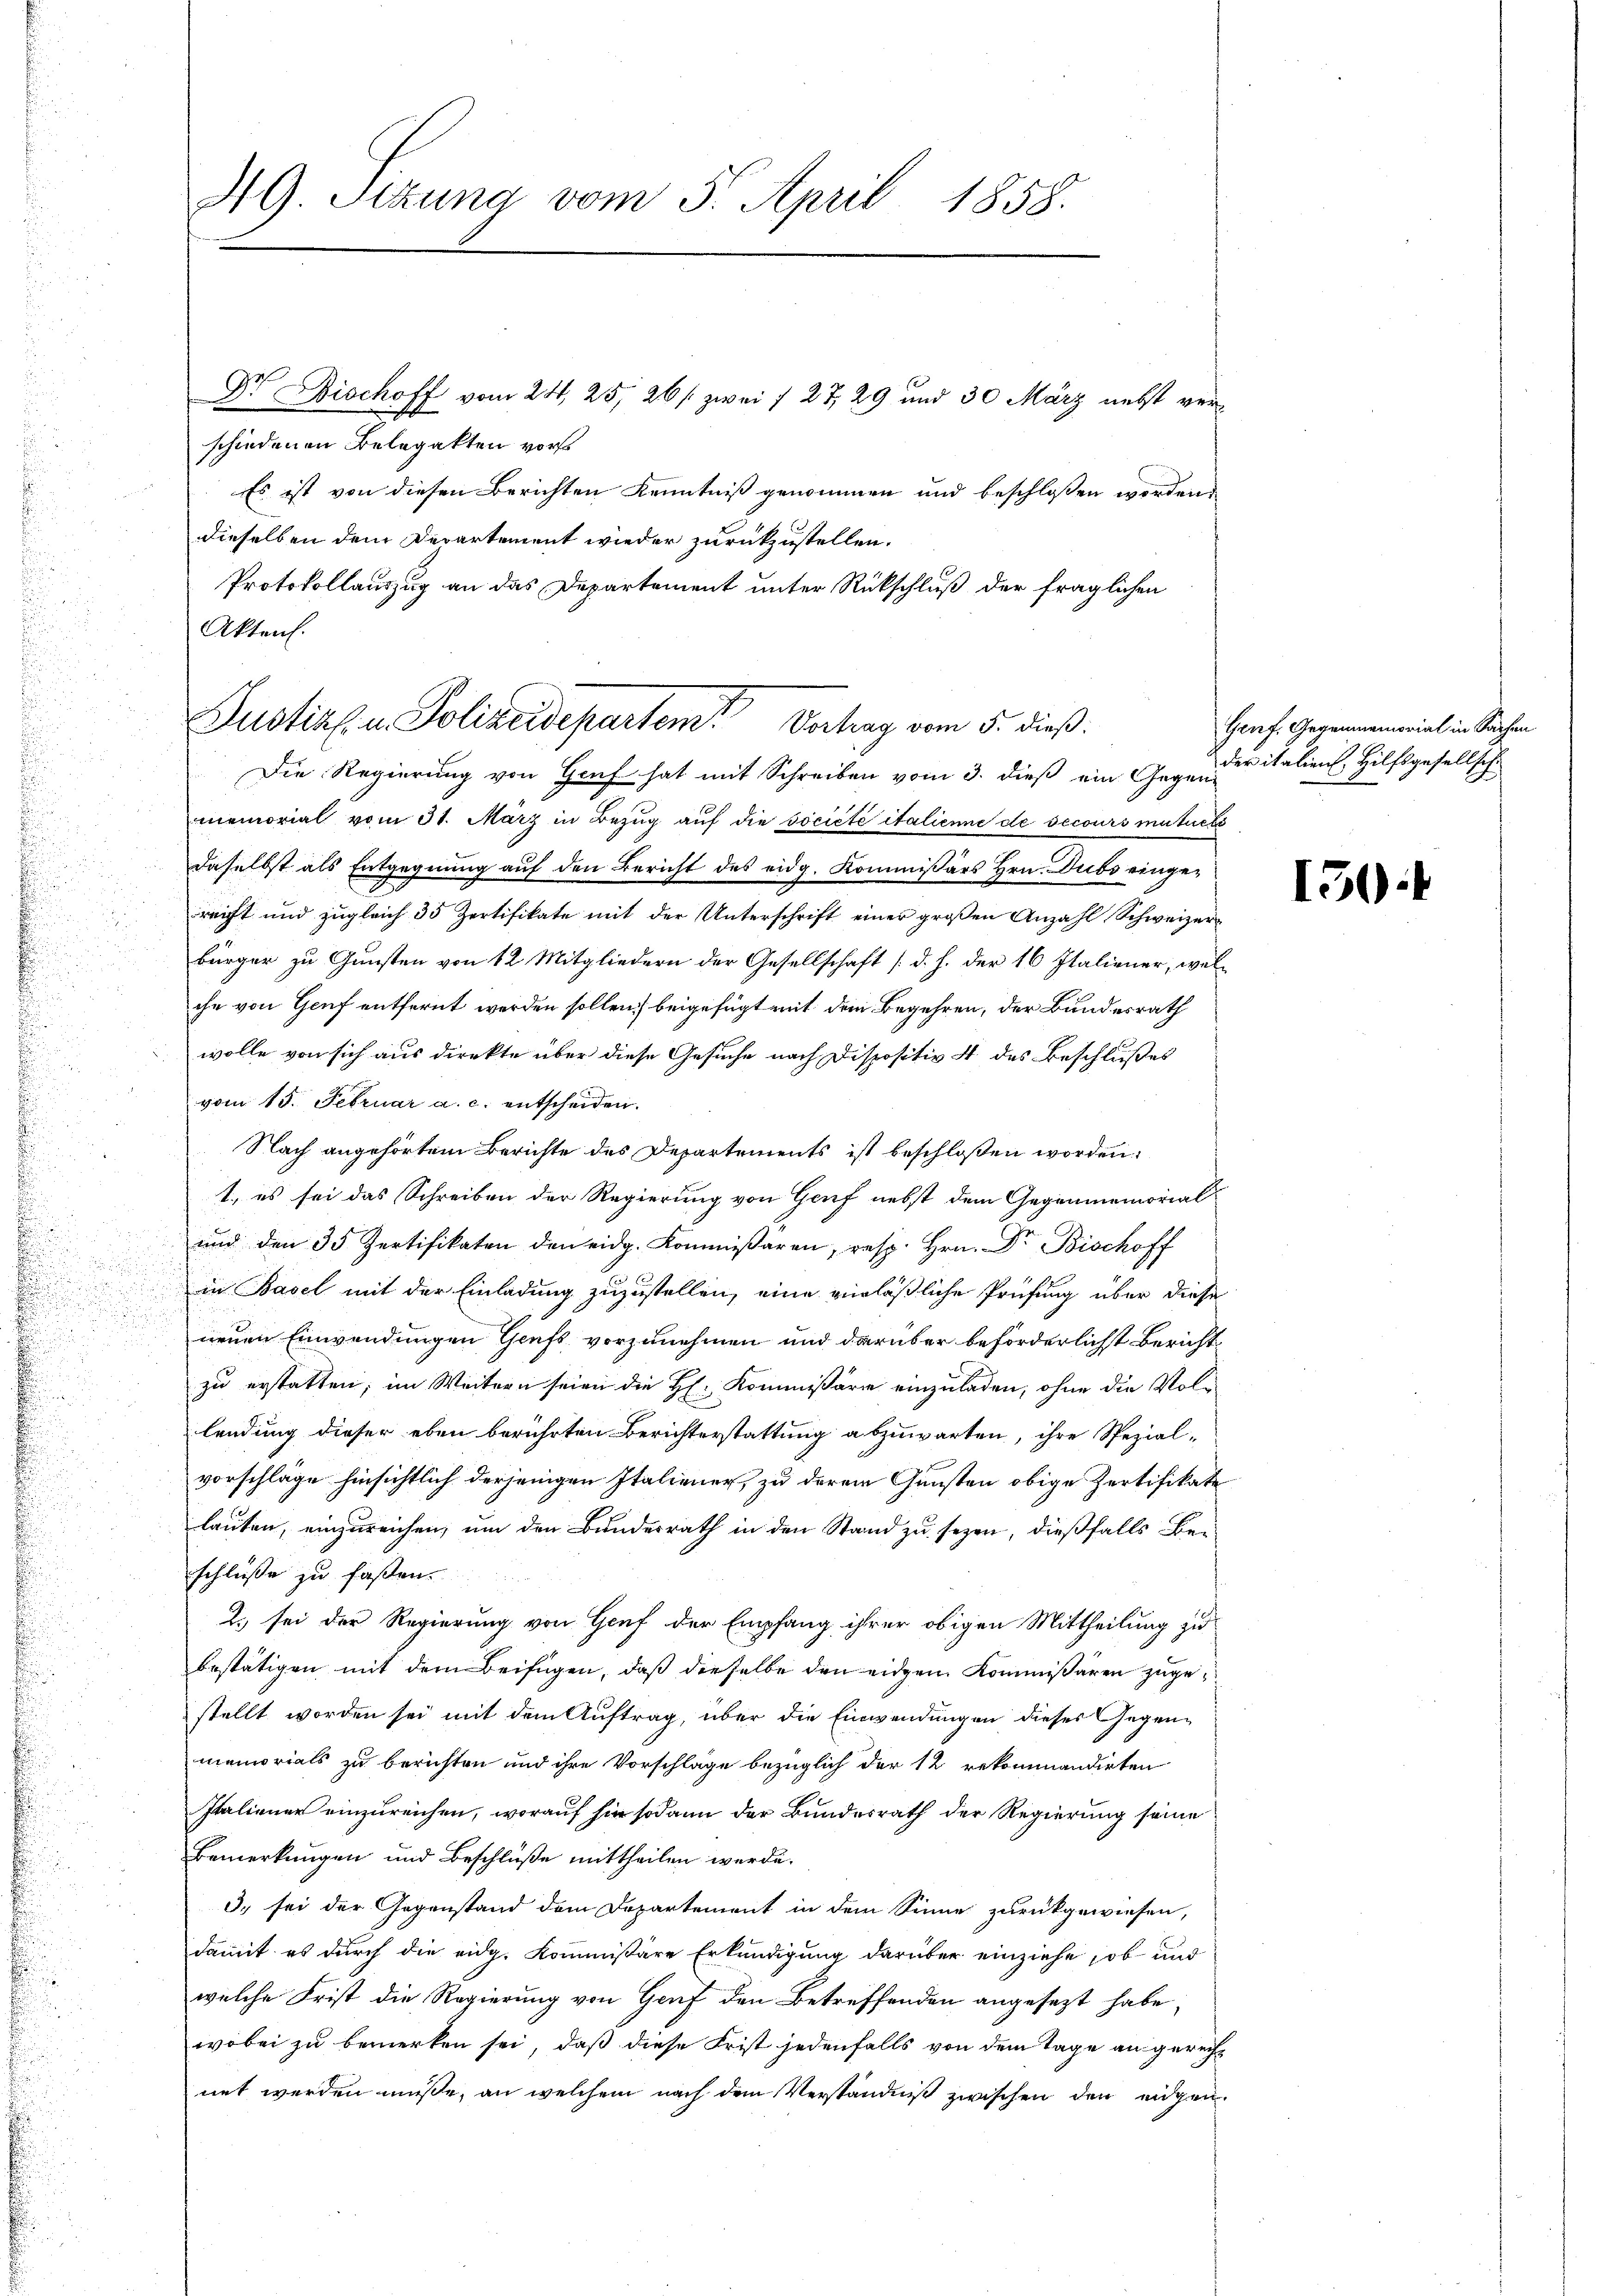
NG. Sitzung vom 5. April 1858.

Dr. Bischoff vom 24. 25, 26/ zwei § 27, 29 und 30 März nebst verschiedenen Belegatten vorst
Es ist von diesen Berichten Kenntniß genommen und beschlossen worden,
dieselben dem Departement wieder zurückzustellen.
Protokollauszug an das Departement unter Rückschluß der fraglichen
Akten.

Justiz u. Polizeidepartem Vertrag vom 5. dieß.

Genf. Gegenmemorial in Sachen
der italien, Hilfsgesellsche

Die Regierung von Genf hat mit Schreiben vom 3. dieß ein Gegenmemorial vom 31. März in Bezŭg aŭf die société italienne de secours mutuet
daselbst als Entgegnung auf den Bericht des eidg. Kommissärs Hrn. Dubs eingereicht und zugleich 35 Zertifikate mit der Unterschrift einer großen Anzahl Schweizerbürger zu Gunsten von 12 Mitgliedern der Gesellschaft (d. h. der 16 Italiener, welche von Genf entfernt werden sollen, beigefügt mit dem Begehren, der Bundesrath
wolle von sich aus direkte über diese Gesuche nach Dispositiv 4. des Beschlußes
vom 15. Februar a. c. entscheiden.
Nach angehörtem Berichte des Departements ist beschloßen worden:
1., es sei das Schreiben der Regierung von Genf nebst dem Gegenmemorial¬
und den 35. Zertifikaten den eidg. Kommißaren, resp. Hrn. Dr. Bischoff
in Basel mit der Einladung zuzustellen, eine verläßliche Prüfung über diese
neuen Einwendungen Genft vorzunehmen und darüber beförderlichst Bericht
zu erstatten; im Weitern seien die H: Kommissäre einzuladen, ohne die Vollendung dieser eben berührten Berichterstattung abzuwarten, ihre Spezialvorschläge hinsichtlich derjenigen Italiener, zu derem Gunsten obige Zertifikate
lauten, einzureichen, um den Bundesrath in den Stand zu sezen, dießfalls Bei
schlüße zu faßen.
2. sei der Regierung von Genf der Empfang ihrer obigen Mittheilung zu
bestätigen mit dem Beifügen, daß dieselbe den eidgen Kommissären zugestellt worden sei mit dem Auftrag, über die Einwendungen dieses Gegenmemorials zu berichten und ihre Vorschlage bezüglich der 12 rekommandirten
Italiener einzureichen, worauf hier sodann der Bundesrath der Regierung seine
Bemerkungen und Beschlüße mittheilen werde.
3. sei der Gegenstand dem Departement in dem Sinne zurückgewiesen,
damit es durch die eidg. Kommissäre Erkundigung darüber einziehe, ob und
welche Frist die Regierung von Genf den Betreffenden angesezt habe,
wobei zu bemerken sei, daß diese Frist jedenfalls von dem Tage an gerechnet werden müße, an welchem nach dem Verständniß zwischen den eigen.

150: